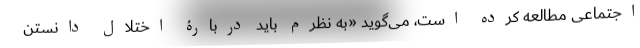
اجتماعی مطالعه کرده است، می‌گوید «به نظرم باید دربارۀ اختلال دانستن